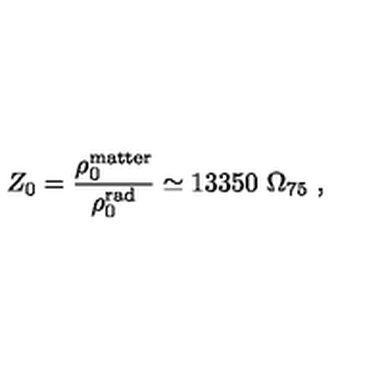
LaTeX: Z _ { 0 } = { \frac { \rho _ { 0 } ^ { \mathrm { m a t t e r } } } { \rho _ { 0 } ^ { \mathrm { r a d } } } } \simeq 1 3 3 5 0 \ \Omega _ { 7 5 } \ ,